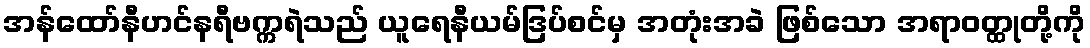
အန်ထော်နီဟင်နရီဗက္ကရဲသည် ယူရေနီယမ်ဒြပ်စင်မှ အတုံးအခဲ ဖြစ်သော အရာဝတ္ထုတို့ကို